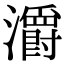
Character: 灂